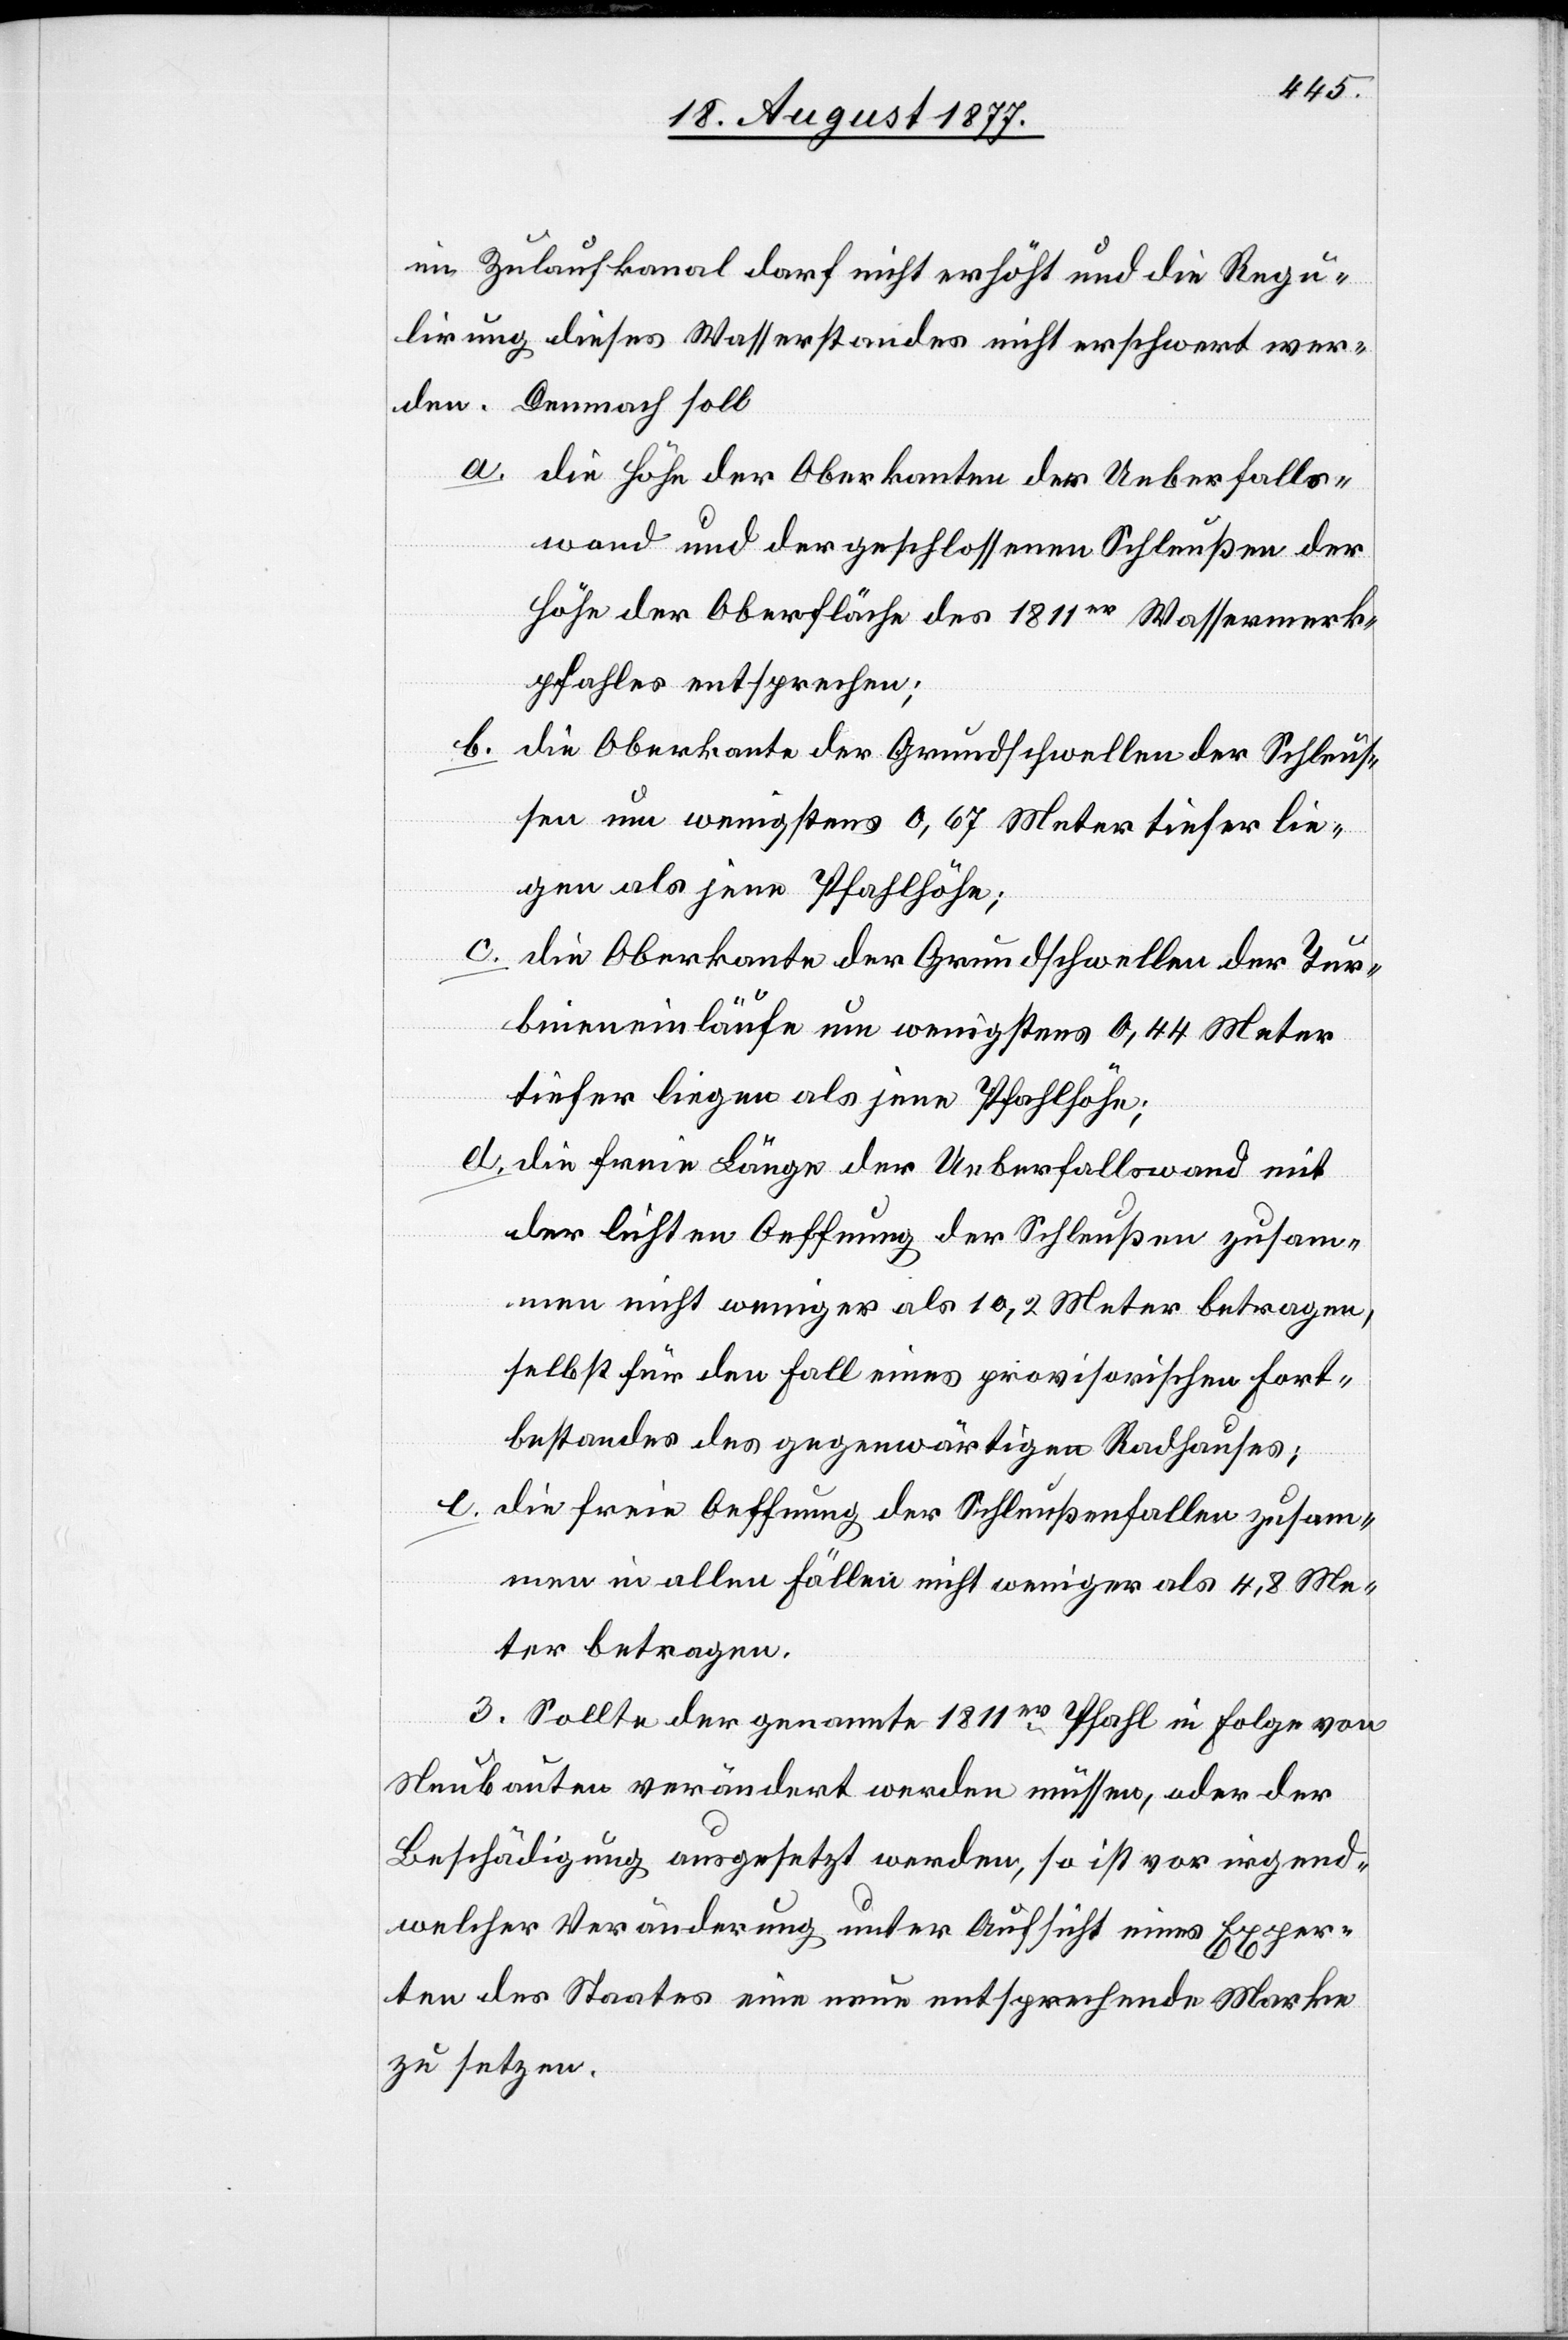
im Zulaufkanal darf nicht erhöht und die Regu¬
lirung dieses Wasserstandes nicht erschwert wer¬
den. Demnach soll
die Höhe der Oberkanten der Ueberfalls¬
wand und der geschlossenen Schleußen der
Höhe der Oberfläche des 1811er Wassermerk¬
pfahles entsprechen;
die Oberkante der Grundschwellen der Schleus¬
sen um wenigstens 0,67 Meter tiefer lie¬
gen als jene Pfahlhöhe;
c.
die Oberkante der Grundschwellen der Tur¬
bineneinläufe um wenigstens 0,44 Meter
tiefer liegen als jene Pfahlhöhe;
die freie Länge der Ueberfallswand mit
der lichten Oeffnung der Schleußen zusam¬
men nicht weniger als 10,2 Meter betragen,
selbst für den Fall eines provisorischen Fort¬
bestandes des gegenwärtigen Radhauses;
e.
die freie Oeffnung der Schleußenfallen zusam¬
men in allen Fällen nicht weniger als 4,8 Me¬
ter betragen.
3. Sollte der genannte 1811er Pfahl in Folge von
Neubauten verändert werden müssen, oder der
Beschädigung ausgesetzt werden, so ist vor irgend¬
welcher Veränderung unter Aufsicht eines Exper¬
ten des Staates eine neue entsprechende Marke
zu setzen.